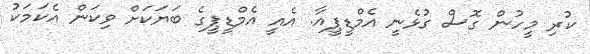
ކުރި މީހުން ގޮސް ގުޅެނީ އެމްޑީޕީއާ. އެއީ އެމްޑީޕީގެ ބަޔަކަށް ވިކަން އެކަމަކު